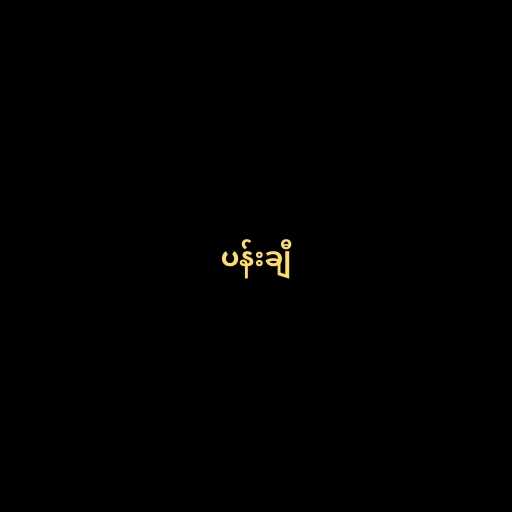
ပန်းချီ